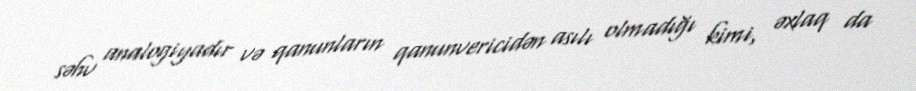
səhv analogiyadır və qanunların qanunvericidən asılı olmadığı kimi, əxlaq da